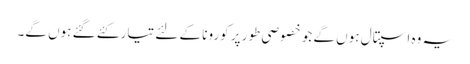
یہ وہ اسپتال ہوں گے جو خصوصی طور پر کورونا کے لئے تیار کئے گئے ہوں گے۔